Vaccination report Assam 1896-1927 - 1896-1927
Year: 1896
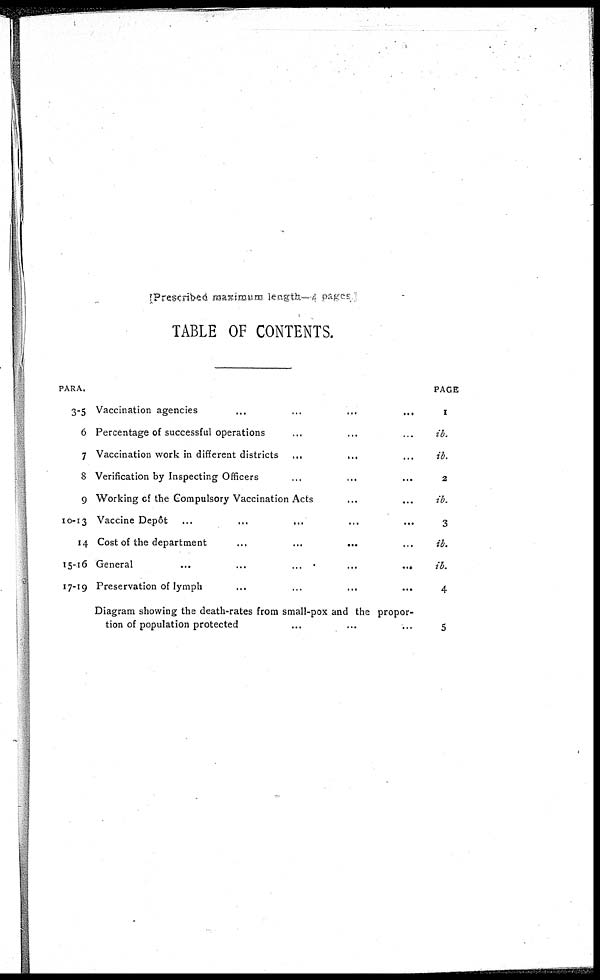
[Prescribed maximum length—4 pages ]
TABLE OF CONTENTS.
PARA.
3-5
6
7
8
9
10-13
14
15-16
17-19
Vaccination agencies ... ... ... ...
Percentage of successful operations ... ... ...
Vaccination work in different districts ... ... ...
Verification by Inspecting Officers ... ... ...
Working of the Compulsory Vaccination Acts ... ...
Vaccine Depôt
...
...
...
...
...
Cost of the department
...
...
...
...
General
...
...
...
...
Preservation of lymph ... ... ... ...
Diagram showing the death-rates from small-pox and the propor-
tion of population protected ... ... ...
PAGE
1
ib.
ib.
2
ib.
3
ib.
ib.
4
5